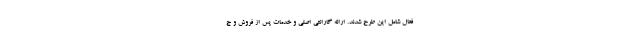
فعال شامل این طرح شدند. ارائه گارانتی اصلی و خدمات پس از فروش و ج